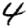
Digit: 4